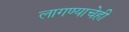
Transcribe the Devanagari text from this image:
लागण्याचेही